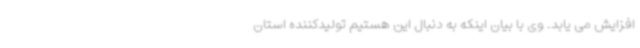
افزایش می یابد. وی با بیان اینکه به دنبال این هستیم تولیدکننده استان